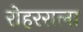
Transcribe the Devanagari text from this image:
रोहरराला